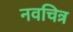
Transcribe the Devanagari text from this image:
नवचित्र